Punjab Mental Hospital Lahore 1922-31 - 1922-1931
Year: 1922
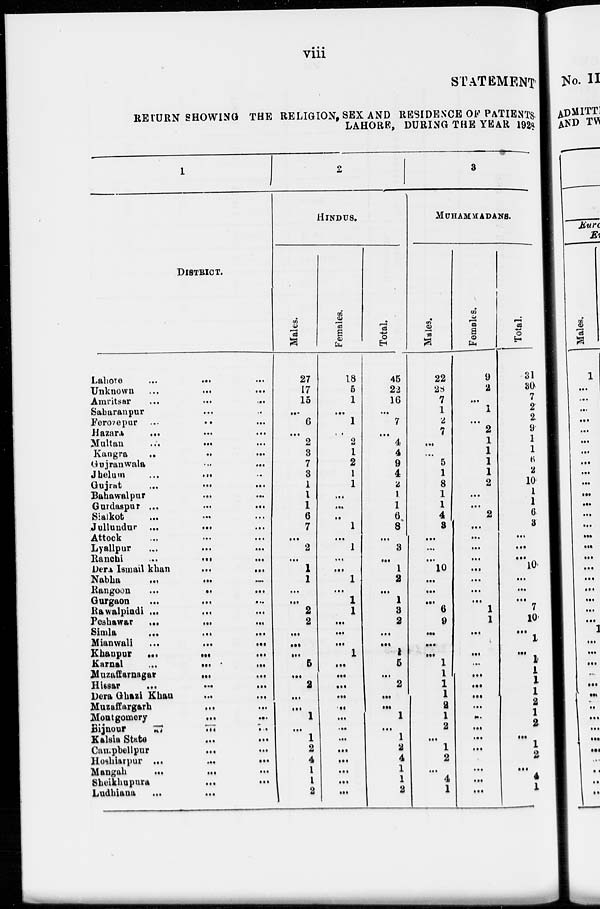
viii
STATEMENT
RETURN SHOWING THE RELIGION, SEX AND RESIDENCE OF PATIENTS
LAHORE, DURING THE YEAR 1928.
1
DISTRICT.
Lahore
...
...
...
Unknown ...
...
...
Amritsar
...
...
...
Saharanpur ... ... ...
Ferozepur
...
...
...
Hazara ... ... ...
Multan
...
...
...
Kangra
...
...
...
Gujranwala
...
...
...
Jhelum
...
...
...
Gujrat
...
...
...
Bahawalpur ... ... ...
Gurdaspur ...
...
...
Sialkot ... ... ...
Jullundur
...
...
...
Attock
...
...
...
Lyallpur ... ... ...
Ranchi
...
...
...
Dera Ismail khan
...
...
...
Nabha
...
...
...
Rangoon
...
...
...
Gurgaon ... ... ...
Rawalpindi ...
...
...
Peshawar
...
...
...
Simla
...
...
...
Mianwali ...
...
...
Khanpur
...
...
...
Karnal
...
...
...
Muzaffarnagar ... ... ...
Hissar
...
...
...
Dera Ghazi Khan
...
...
...
Muzaffargarh ... ... ...
Montgomery
...
...
...
Bijnour
...
...
...
Kalsia State ... ... ...
Campbellpur
...
...
...
Hoshiarpur ... ... ...
Mangah
...
...
...
Sheikhupura
...
...
...
Ludhiana
...
...
...
2
HINDUS.
Males.
27
17
15
...
6
...
2
3
7
3
1
1
1
6
7
...
2
...
1
1
...
...
2
2
...
...
...
5
...
2
...
...
1
...
1
2
4
1
1
2
Females.
18
5
1
...
1
...
2
1
2
1
1
...
...
..
1
...
1
...
...
1
...
1
1
...
...
...
1
...
...
...
...
...
...
...
...
...
...
...
...
...
Total.
45
22
16
...
7
...
4
4
9
4
2
1
1
6
8
...
3
...
1
2
...
1
3
2
...
...
1
5
...
2
...
...
1
...
1
2
4
1
1
2
3
MUHAMMADANS.
Males.
22
28
7
1
2
7
...
...
5
1
8
1
1
4
3
...
...
...
10
...
...
...
6
9
...
...
...
1
1
1
1
2
1
2
...
1
2
...
4
1
Females.
9
2
...
1
...
2
1
1
1
1
2
...
...
2
...
...
...
...
...
...
...
...
1
1
...
1
...
...
...
...
...
...
...
...
...
...
...
...
...
...
Total.
31
30
7
2
2
9
1
1
6
2
10
1
1
6
3
...
...
...
10
...
...
...
7
10
...
1
...
1
1
1
1
2
1
2
...
1
2
...
4
1